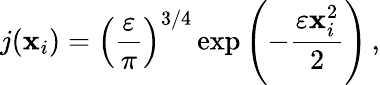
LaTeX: j({\mathbf x}_{i})=\left(\frac{\varepsilon}{\pi}\right)^{3/4}\, \mathrm{\exp}\left(-\frac{\varepsilon{\mathbf x}_{i}^{2}}{2}\right)\, ,